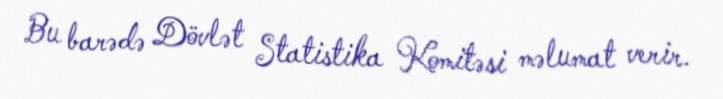
Bu barədə Dövlət Statistika Komitəsi məlumat verir.